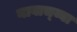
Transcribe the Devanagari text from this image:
नावाच्य्या